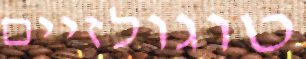
טוגולזיים